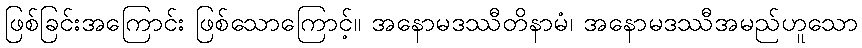
ဖြစ်ခြင်းအကြောင်း ဖြစ်သောကြောင့်။ အနောမဒဿီတိနာမံ၊ အနောမဒဿီအမည်ဟူသော